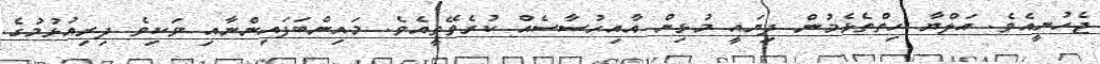
ޖެހުނީއެވެ. އަލްޔާ ހިތްތެޅެމުން ދިޔައީ މުޅިން އާއިހުސާސެއް ކުރެވޭތީއެވެ. މައިންބަފައިންނާއި ވަކިވެ ދިރިއުޅުމުގެ